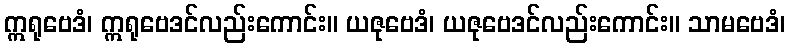
ဣရုဗေဒံ၊ ဣရုဗေဒင်လည်းကောင်း။ ယဇုဗေဒံ၊ ယဇုဗေဒင်လည်းကောင်း။ သာမဗေဒံ၊